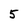
Character: 5